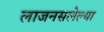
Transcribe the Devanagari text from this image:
लाजनसलेल्या